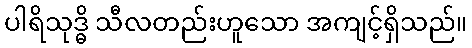
ပါရိသုဒ္ဓိ သီလတည်းဟူသော အကျင့်ရှိသည်။